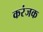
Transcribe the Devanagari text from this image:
करंजक